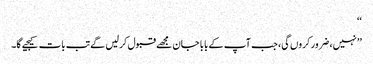
‘‘
’’نہیں، ضرور کروں گی، جب آپ کے بابا جان مجھے قبول کرلیں گے تب بات کیجیے گا۔